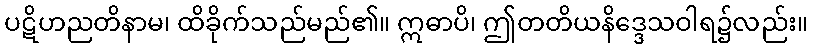
ပဋိဟညတိနာမ၊ ထိခိုက်သည်မည်၏။ ဣဓာပိ၊ ဤတတိယနိဒ္ဒေသဝါရ၌လည်း။